Reports on military cantonments and civil stations in the Presidency of Bombay inspected by the Sanitary Commissioner in the years 1875 and 1876
Year: 1875
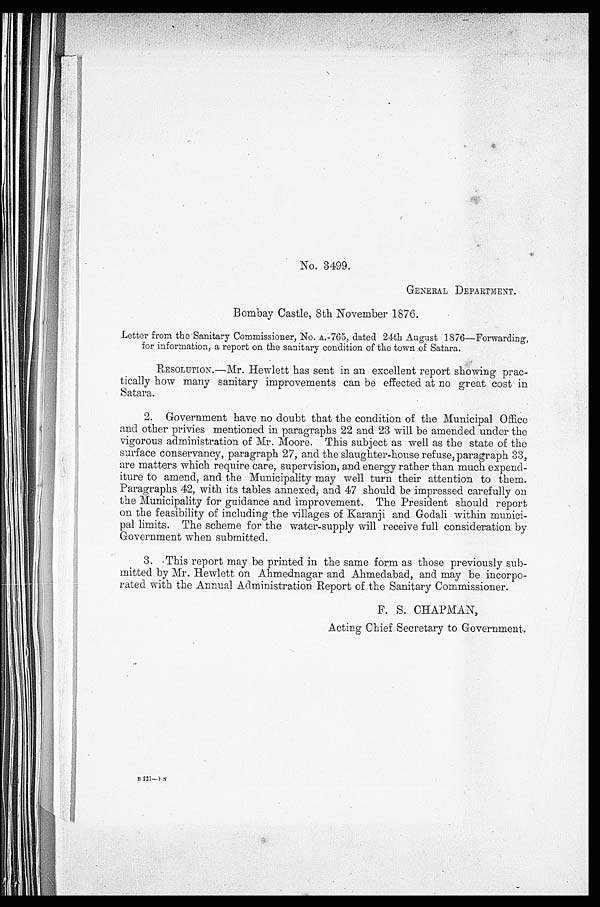
No. 3499.
GENERAL DEPARTMENT.
Bombay Castle, 8th November 1876.
Letter from the Sanitary Commissioner, No. A.765, dated 24th August 1876—Forwarding,
for information, a report on the sanitary condition of the town of Satara.
RESOUTION.–Mr. Hewlett has sent in an excellent report showing prac-
tically how many sanitary improvements can be effected at no great cost in
Satara.
2. Government have no doubt that the condition of the Municipal Office
and other privies mentioned in paragraphs 22 and 23 will be amended under the
vigorous administration of Mr. Moore. This subject as well as the state of the
surface conservancy, paragraph 27, and the slaughter-house refuse, paragraph 33,
are matters which require care, supervision, and energy rather than much expend-
iture to amend, and the Municipality may well turn their attention to them.
Paragraphs 42, with its tables annexed, and 47 should be impressed carefully on
the Municipality for guidance and improvement. The President should report
on the feasibility of including the villages of Karanji and Godali within munici-
pal limits. The scheme for the water-supply will receive full consideration by
Government when submitted.
3. This report may be printed in the same form as those previously sub-
mitted by Mr. Hewlett on Ahmednagar and Ahmedabad, and may be incorpo-
rated with the Annual Administration Report of the Sanitary Commissioner.
F. S. CHAPMAN,
Acting Chief Secretary to Government.
B 2 2 1 — I N